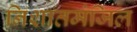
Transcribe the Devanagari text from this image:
निशातमंजिल